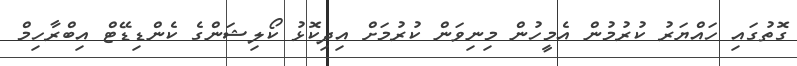
ގޮތުގައި ހައްޔަރު ކުރުމުން އެމީހުން މިނިވަން ކުރުމަށް އިދިކޮޅު ކޯލިޝަންގެ ކެންޑިޑޭޓް އިބްރާހިމް